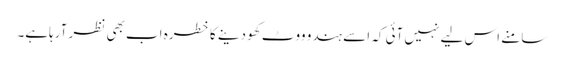
سامنے اس لیے نہیں آئی کہ اسے ہندو ووٹ کھو دینے کا خطرہ اب بھی نظر آرہاہے۔